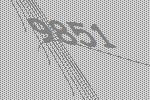
9851